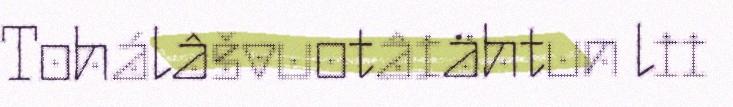
Tohálâšvuotâiähtun lii